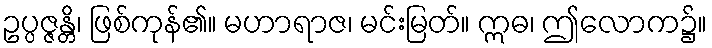
ဥပ္ပဇ္ဇန္တိ၊ ဖြစ်ကုန်၏။ မဟာရာဇ၊ မင်းမြတ်။ ဣဓ၊ ဤလောက၌။